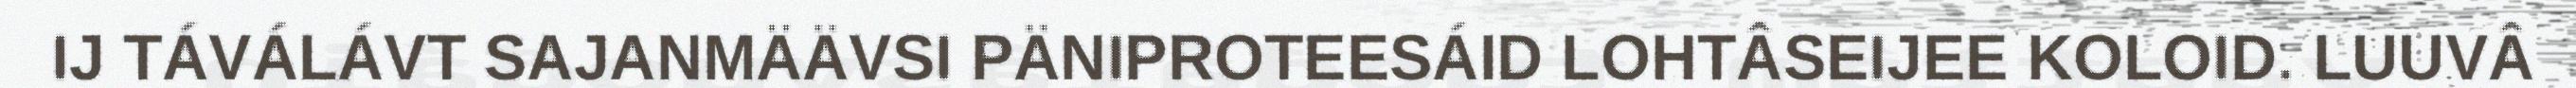
IJ TÁVÁLÁVT SAJANMÄÄVSI PÄNIPROTEESÁID LOHTÂSEIJEE KOLOID. LUUVÂ